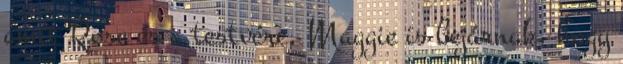
amit Rose és a testvére, Maggie is bejárnak, hogy